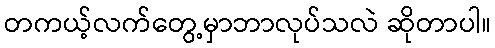
တကယ့်လက်တွေ့မှာဘာလုပ်သလဲ ဆိုတာပါ။